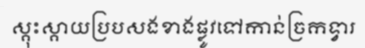
ស្គុះស្គាយប្របសងខាងផ្លូវទៅកាន់ច្រកទ្វារ